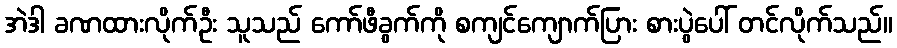
အဲဒါ ခဏထားလိုက်ဦး သူသည် ကော်ဖီခွက်ကို စကျင်ကျောက်ပြား စားပွဲပေါ် တင်လိုက်သည်။